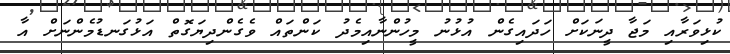
ކުޅިވަރާއި މަޖާ ދީނަކަށް ހަދައިގެން އުޅުނު މީހުންނާއިމެދު ކަންތައް ވެގެންދިޔަގޮތް އަޅުގަނޑުމެންނަށް އާ